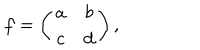
LaTeX: f = \left( \begin{array} { c c } { { a } } & { { b } } \\ { { c } } & { { d } } \\ \end{array} \right) ,